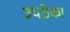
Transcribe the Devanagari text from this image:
उपठेका